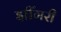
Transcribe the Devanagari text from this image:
झींगरी